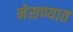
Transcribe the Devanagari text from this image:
नेसण्यात